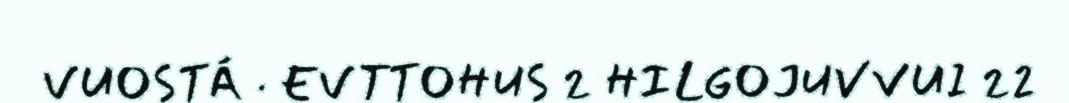
VUOSTÁ · EVTTOHUS 2 HILGOJUVVUI 22